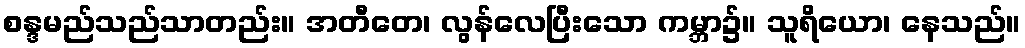
စန္ဒမည်သည်သာတည်း။ အတီတေ၊ လွန်လေပြီးသော ကမ္ဘာ၌။ သူရိယော၊ နေသည်။